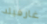
غارفيلد